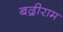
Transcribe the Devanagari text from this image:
बद्रीराम